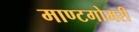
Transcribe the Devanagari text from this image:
माण्टगोमरी